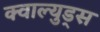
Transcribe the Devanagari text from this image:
क्वाल्युड्स